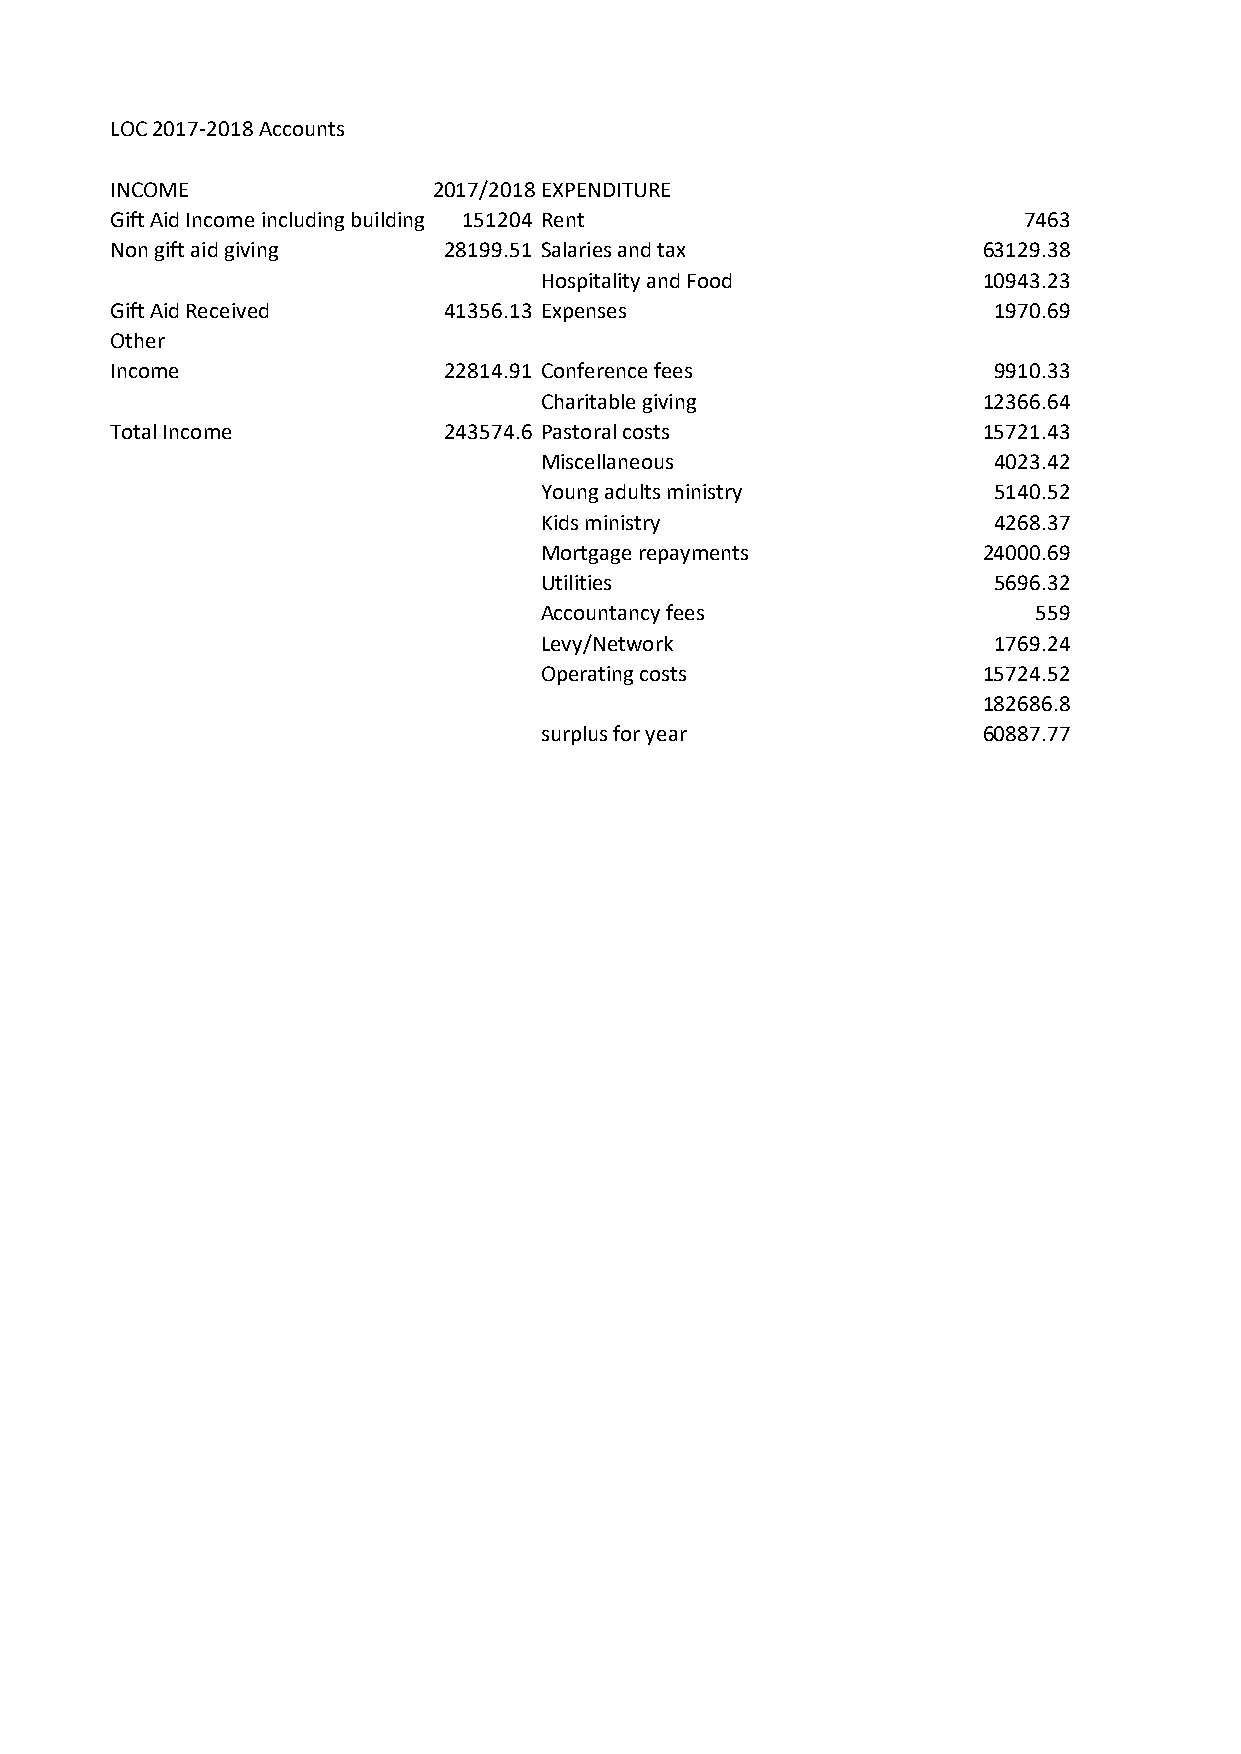
LOC 2017-2018 Accounts
 INCOME                2017/2018EXPENDITURE
 Gift Aid Income including building app1e5a1l204 Rent         7463
 Non gift aid giving   28199.51 Salaries and tax           63129.38
 Hospitality and Food         10943.23
 Gift Aid Received     41356.13 Expenses                    1970.69
 Other
 Income                22814.91 Conference fees             9910.33
 Charitable giving            12366.64
 Total Income          243574.6 Pastoral costs             15721.43
 Miscellaneous                 4023.42
 Young adults ministry         5140.52
 Kids ministry                 4268.37
 Mortgage repayments          24000.69
 Utilities                     5696.32
 Accountancy fees                559
 Levy/Network                  1769.24
 Operating costs              15724.52
 182686.8
 surplus for year             60887.77